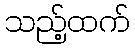
သည့်ထက်